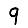
Digit: 9